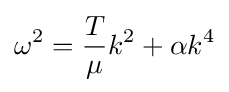
\omega ^{2}={\frac {T}{\mu }}k^{2}+\alpha k^{4}